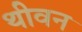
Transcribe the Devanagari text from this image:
थीवन